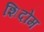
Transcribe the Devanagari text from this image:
शिदोम